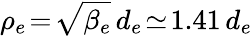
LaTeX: \rho_{e}\! =\! \sqrt{\beta_{e}}\, d_{e}\! \simeq\! 1.41\, d_{e}